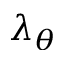
\lambda _ { \theta }